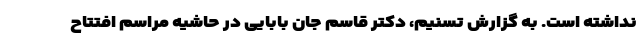
نداشته است. به گزارش تسنیم، دکتر قاسم جان بابایی در حاشیه مراسم افتتاح